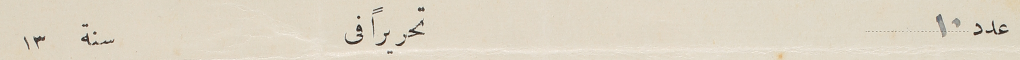
عدد ١٠					تحريراً فى			سنة	١٣